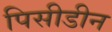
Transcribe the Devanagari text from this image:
पिसीडीन